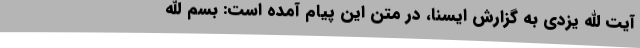
آیت الله یزدی به گزارش ایسنا، در متن این پیام آمده است: بسم الله